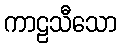
ကာဠသီသော